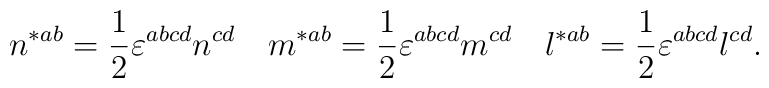
n^{*ab}=\frac 12\varepsilon ^{abcd}n^{cd}\quad m^{*ab}=\frac 12\varepsilon^{abcd}m^{cd}\quad l^{*ab}=\frac 12\varepsilon ^{abcd}l^{cd}.